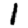
Digit: 1